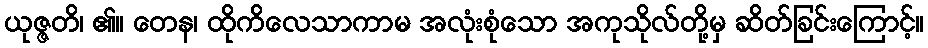
ယုဇ္ဇတိ၊ ၏။ တေန၊ ထိုကိလေသာကာမ အလုံးစုံသော အကုသိုလ်တို့မှ ဆိတ်ခြင်းကြောင့်။